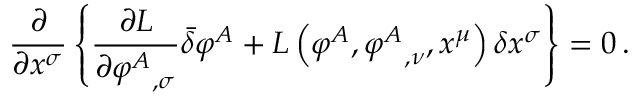
{ \frac { \partial } { \partial x ^ { \sigma } } } \left\{ { \frac { \partial L } { \partial { \varphi ^ { A } } _ { , \sigma } } } { \bar { \delta } } \varphi ^ { A } + L \left( \varphi ^ { A } , { \varphi ^ { A } } _ { , \nu } , x ^ { \mu } \right) \delta x ^ { \sigma } \right\} = 0 \, .